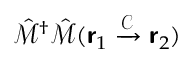
\hat { \mathcal { M } } ^ { \dagger } \hat { \mathcal { M } } ( \boldsymbol { \mathsf { r } } _ { 1 } \xrightarrow { \mathcal { C } } \boldsymbol { \mathsf { r } } _ { 2 } )